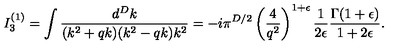
I _ { 3 } ^ { ( 1 ) } = \int \frac { d ^ { D } k } { ( k ^ { 2 } + q k ) ( k ^ { 2 } - q k ) k ^ { 2 } } = - i \pi ^ { D / 2 } \left( \frac { 4 } { q ^ { 2 } } \right) ^ { 1 + \epsilon } \frac { 1 } { 2 \epsilon } \frac { \Gamma ( 1 + \epsilon ) } { 1 + 2 \epsilon } .